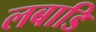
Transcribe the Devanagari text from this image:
लबाडि